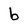
Character: b